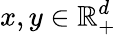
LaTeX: x,y\in\mathbb{R}_{+}^{d}